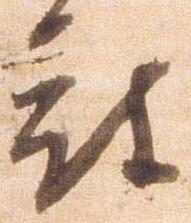
被